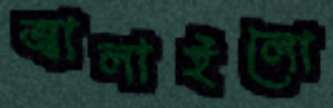
জ্বালাইলো